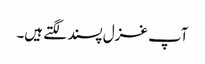
آپ غزل پسند لگتے ہیں۔